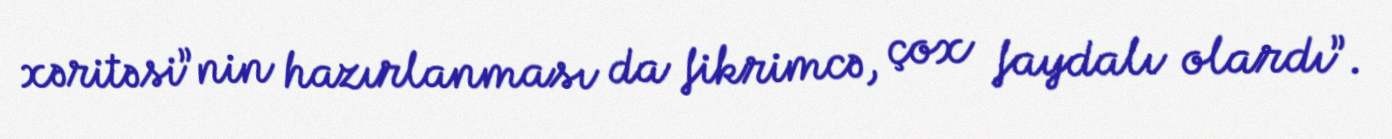
xəritəsi”nin hazırlanması da fikrimcə, çox faydalı olardı”.